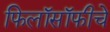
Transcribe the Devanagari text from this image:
फिलॉसॉफीचे